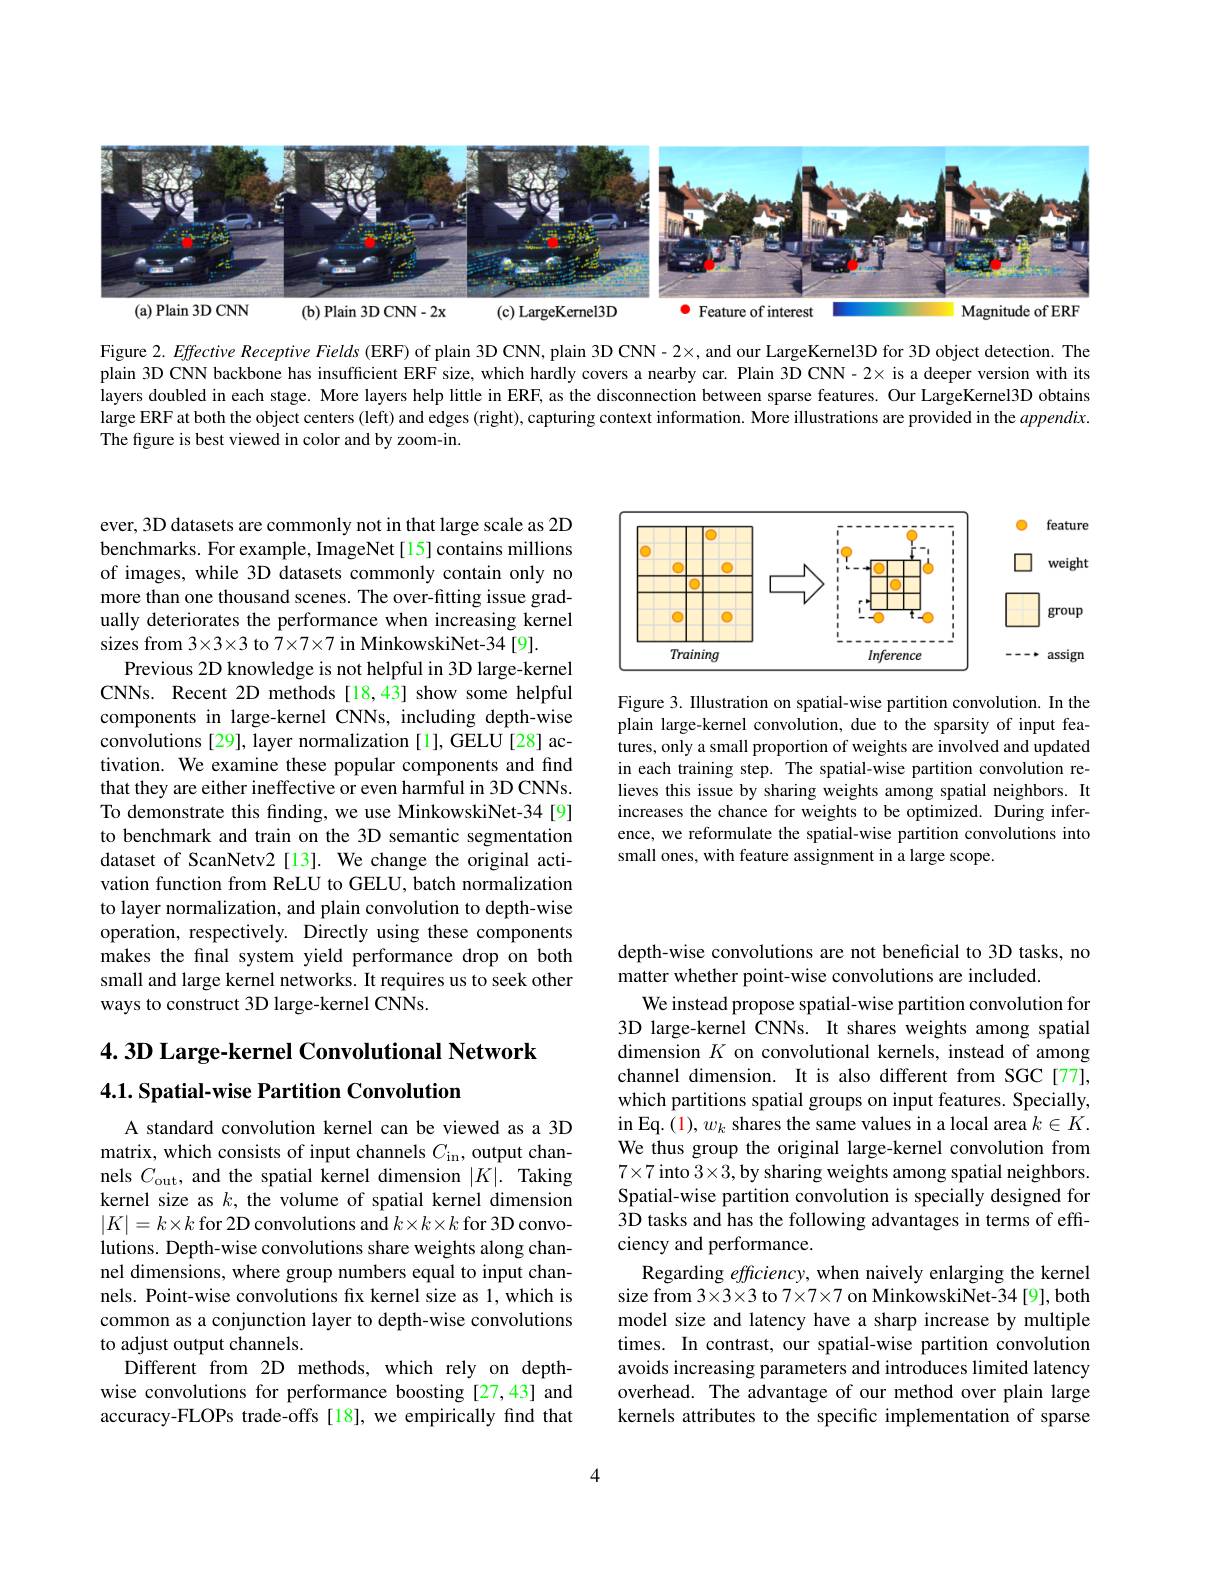
<FigureHere>
(a) Plain 3D CNN
$\bullet$ Feature of interest
Magnitude of ERF
(b) Plain 3D CNN-2x
$(\mathfrak{c})$ LargeKernel3D

Figure 2. Effective Receptive Fields (ERF) of plain 3D CNN, plain 3D CNN - 2×, and our LargeKernel3D for 3D object detection. The plain 3D CNN backbone has insufficient ERF size, which hardly covers a nearby car. Plain 3D CNN- 2× is a deeper version with its layers doubled in each stage. More layers help little in ERF, as the disconnection between sparse features. Our LargeKernel3D obtains large ERF at both the object centers (left) and edges (right), capturing context information. More illustrations are provided in the $\alpha ppendix.$ The figure is best viewed in color and by zoom-in.

feature

$\square$ weight

<FigureHere>

group

$--\cdot$ assign

Figure 3. Illustration on spatial-wise partition convolution. In the plain large-kernel convolution, due to the sparsity of input features, only a small proportion of weights are involved and updated in each training step. The spatial-wise partition convolution relieves this issue by sharing weights among spatial neighbors. It increases the chance for weights to be optimized. During inference, we reformulate the spatial-wise partition convolutions into small ones, with feature assignment in a large scope.

ever, 3D datasets are commonly not in that large scale as 2D benchmarks. For example, ImageNet[15] contains millions of images, while 3D datasets commonly contain only no more than one thousand scenes. The over-fitting issue gradually deteriorates the performance when increasing kernel sizes from 3×3×3 to 7×7×7 in MinkowskiNet-34 [9].
Previous 2D knowledge is not helpful in 3D large-kernel CNNs. Recent 2D methods[18,43] show some helpful components in large-kernel CNNs, including depth-wise convolutions [29], layer normalization [1], GELU[28] activation. We examine these popular components and find that they are either ineffective or even harmful in 3D CNNs. To demonstrate this finding, we use MinkowskiNet-34[9] to benchmark and train on the 3D semantic segmentation dataset of ScanNetv2[13]. We change the original activation function from ReLU to GELU, batch normalization to layer normalization, and plain convolution to depth-wise operation, respectively. Directly using these components makes the final system yield performance drop on both small and large kernel networks. It requires us to seek other ways to construct 3D large-kernel CNNs.

## 4.3D Large-kernel Convolutional Network 4.1. Spatial-wise Partition Convolution

A standard convolution kernel can be viewed as a 3D matrix, which consists of input channels $C_\mathrm{in}$, output channels $C_{\mathrm{out}}$, and the spatial kernel dimension $|K|.$ Taking kernel size as $k$, the volume of spatial kernel dimension $|K|=k\times k$ for 2D convolutions and $k\times k\times k$ for 3D convolutions. Depth-wise convolutions share weights along channel dimensions, where group numbers equal to input channels. Point-wise convolutions fx kernel size as 1, which is common as a conjunction layer to depth-wise convolutions to adjust output channels.
Different from 2D methods, which rely on depthwise convolutions for performance boosting [27,43] and accuracy-FLOPs trade-offs [18], we empirically find that

depth-wise convolutions are not beneficial to 3D tasks, no
matter whether point-wise convolutions are included.
We instead propose spatial-wise partition convolution for 3D large-kernel CNNs. It shares weights among spatial dimension $K$ on convolutional kernels, instead of among channel dimension. It is also different from SGC[77], which partitions spatial groups on input features. Specially, in Eq. (1), w shares the same values in a local area $k\in K.$ We thus group the original large-kernel convolution from $7\times7$ into $3\times3$,by sharing weights among spatial neighbors. Spatial-wise partition convolution is specially designed for $\hat{3\text{D tasks and has the following advantages in terms of effi-}}$ ciency and performance.
Regarding $effciency$, when naively enlarging the kernel size from 3×3×3 to 7×7×7 on MinkowskiNet-34 [9], both model size and latency have a sharp increase by multiple times. In contrast, our spatial-wise partition convolution avoids increasing parameters and introduces limited latency overhead. The advantage of our method over plain large kernels attributes to the specific implementation of sparse

4